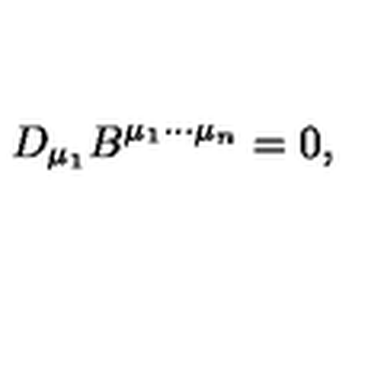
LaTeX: D _ { \mu _ { 1 } } B ^ { \mu _ { 1 } \cdots \mu _ { n } } = 0 ,